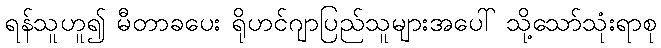
ရန်သူဟူ၍ မီတာခပေး ရိုဟင်ဂျာပြည်သူများအပေါ် သို့သော်သုံးရာစု